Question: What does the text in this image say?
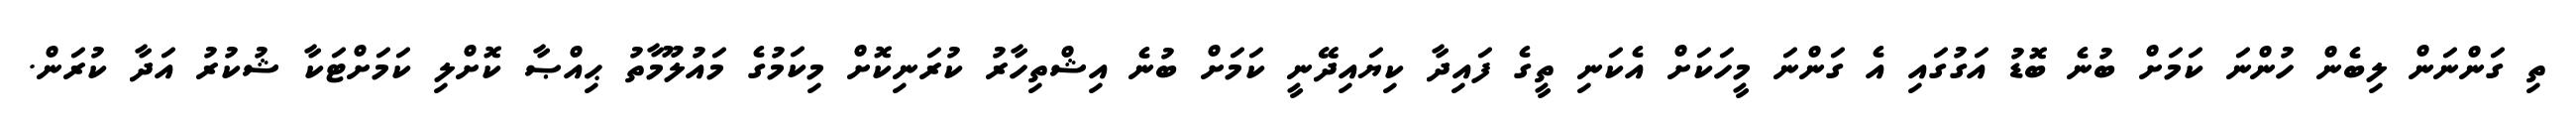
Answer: ތި ގަންނަން ލިބެން ހުންނަ ކަމަށް ބުނެ ބޮޑު އަގުގައި އެ ގަންނަ މީހަކަށް އެކަނި ތީގެ ފައިދާ ކިޔައިދޭނީ ކަމަށް ބުނެ އިޝްތިހާރު ކުރަނިކޮށް މިކަމުގެ މައުލޫމާތު ޙިއްޞާ ކޮށްލި ކަމަށްޓަކާ ޝުކުރު އަދާ ކުރަން.